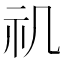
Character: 𥘌